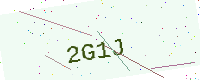
Text: 2G1J